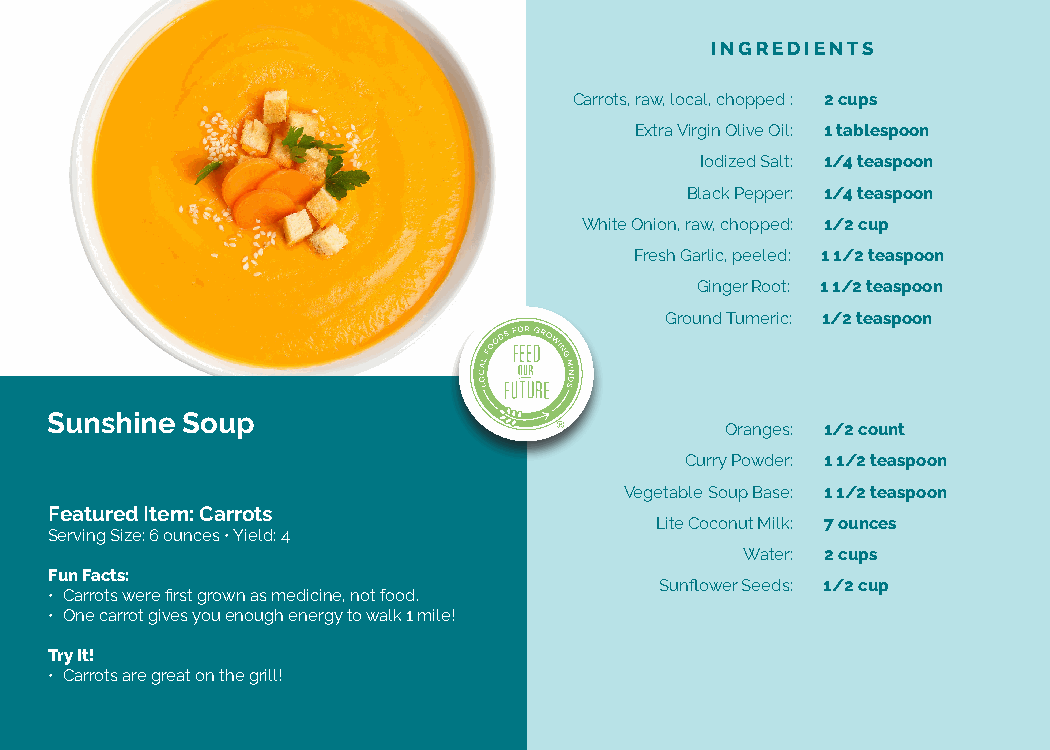
INGREDIENTS
 Carrots, raw, local, chopped : 2 cups
 Extra Virgin Olive Oil: 1 tablespoon
 Iodized Salt: 1/4 teaspoon
 Black Pepper: 1/4 teaspoon
 White Onion, raw, chopped: 1/2 cup
 Fresh Garlic, peeled: 1 1/2 teaspoon
 Ginger Root: 1 1/2 teaspoon
 Ground Tumeric: 1/2 teaspoon
 Sunshine Soup
 Oranges: 1/2 count
 Curry Powder: 1 1/2 teaspoon
 Vegetable Soup Base: 1 1/2 teaspoon
 Featured Item: Carrots
 Lite Coconut Milk: 7 ounces
 Serving Size: 6 ounces • Yield: 4
 Water: 2 cups
 Fun Facts:
 Sunflower Seeds: 1/2 cup
 • Carrots were first grown as medicine, not food.
 • One carrot gives you enough energy to walk 1 mile!
 Try It!
 • Carrots are great on the grill!